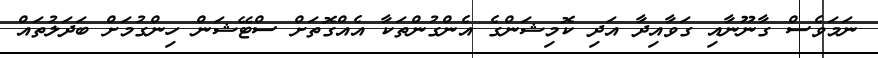
ނަމަވެސް ގާނޫނާއި ގަވާއިދާ އަދި ކޮމިޝަންގެ އެންގުންތަކާ އެއްގޮތަށް ސްޓޭޝަން ހިންގުމަށް ބަދަލުތައް